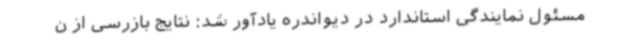
مسئول نمایندگی استاندارد در دیواندره یادآور شد: نتایج بازرسی از ن